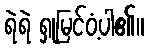
ရဲရဲ ရှုမြင်ဝံ့ပါ၏။